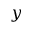
y